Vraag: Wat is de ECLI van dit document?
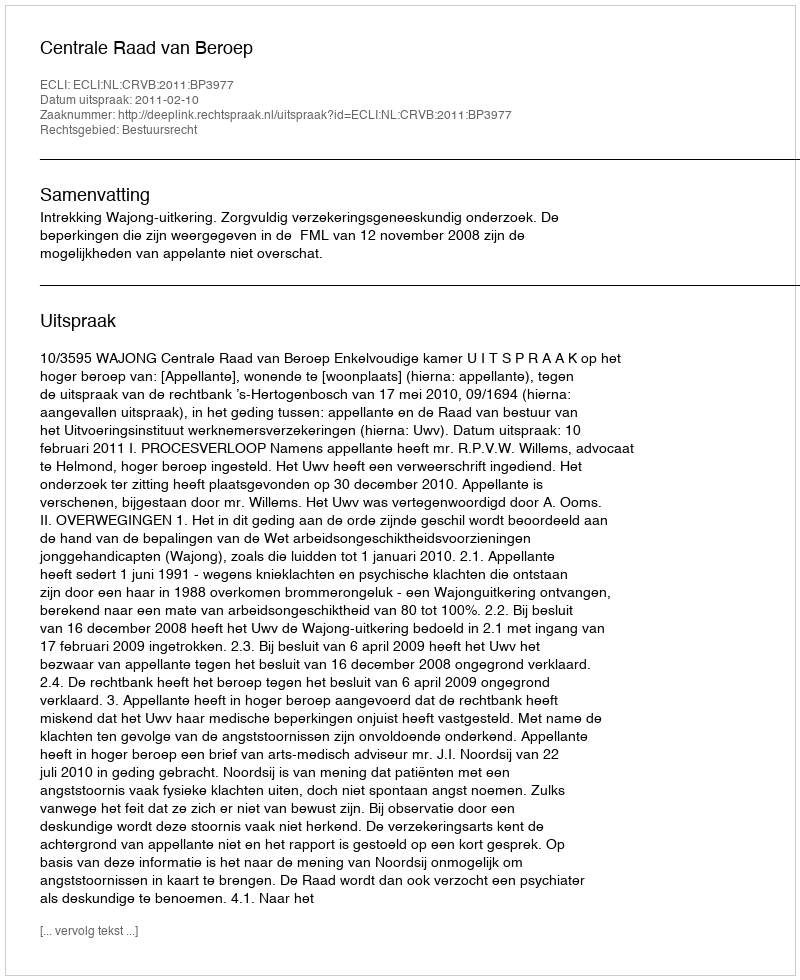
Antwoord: ECLI:NL:CRVB:2011:BP3977